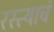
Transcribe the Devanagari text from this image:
रस्त्याचं